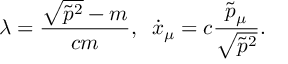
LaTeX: \lambda = \frac { \sqrt { \tilde { p } ^ { 2 } } - m } { c m } , \; \; \dot { x } _ { \mu } = c \frac { \tilde { p } _ { \mu } } { \sqrt { \tilde { p } ^ { 2 } } } { . }